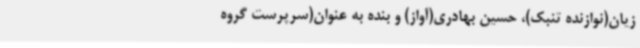
زیان(نوازنده تنبک)، حسین بهادری(آواز) و بنده به عنوان(سرپرست گروه